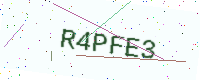
Text: R4PFE3